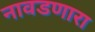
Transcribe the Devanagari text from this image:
नावडणारा